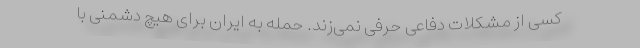
کسی از مشکلات دفاعی حرفی نمی‌زند. حمله به ایران برای هیچ دشمنی با